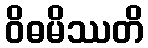
ဝိဓမိဿတိ